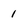
Character: 1